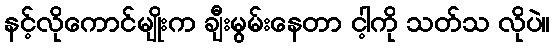
နင့်လိုကောင်မျိုးက ချီးမွမ်းနေတာ ငါ့ကို သတ်သ လိုပဲ။